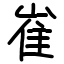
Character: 崔